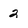
Character: 2